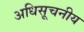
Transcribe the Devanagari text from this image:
अधिसूचनीय